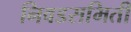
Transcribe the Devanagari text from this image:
निवडसमिती